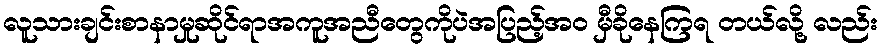
လူသားချင်းစာနာမှုဆိုင်ရာအကူအညီတွေကိုပဲအပြည့်အ၀ မှီခိုနေကြရ တယ်လို့ လည်း